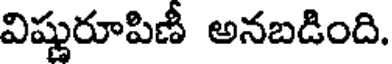
విష్ణురూపిణీ అనబడింది.